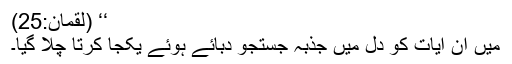
‘‘ (لقمان:25)
میں ان آیات کو دل میں جذبۂ جستجو دبائے ہوئے یکجا کرتا چلا گیا۔